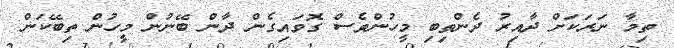
ތިމާ ނަރަކަށް ދާއިރު ދެންތިބި މީހުންވެސް ގޮވައިގެން ދާން ބޭނުން މީހުން ތިބޭކަން